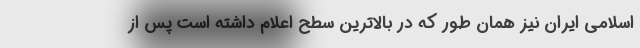
اسلامی ایران نیز همان طور که در بالاترین سطح اعلام داشته است پس از